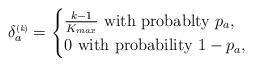
LaTeX: \begin{align*}\delta^{\mbox{\tiny (\itshape k\upshape)}}_a = \begin{cases} \frac{k - 1}{K_{max}} \mbox{ with probablty } p_a,\\0 \mbox{ with probability } 1 - p_a, \end{cases}\end{align*}